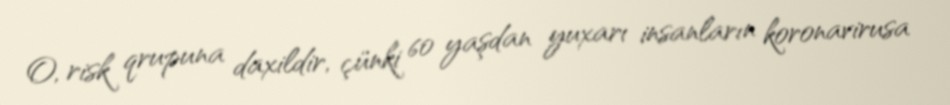
O, risk qrupuna daxildir, çünki 60 yaşdan yuxarı insanların koronavirusa